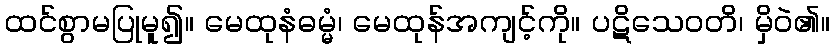
ထင်စွာမပြုမူ၍။ မေထုနံဓမ္မံ၊ မေထုန်အကျင့်ကို။ ပဋိသေဝတိ၊ မှိဝဲ၏။